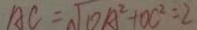
A C = \sqrt { 0 A ^ { 2 } + O C ^ { 2 } } = 2